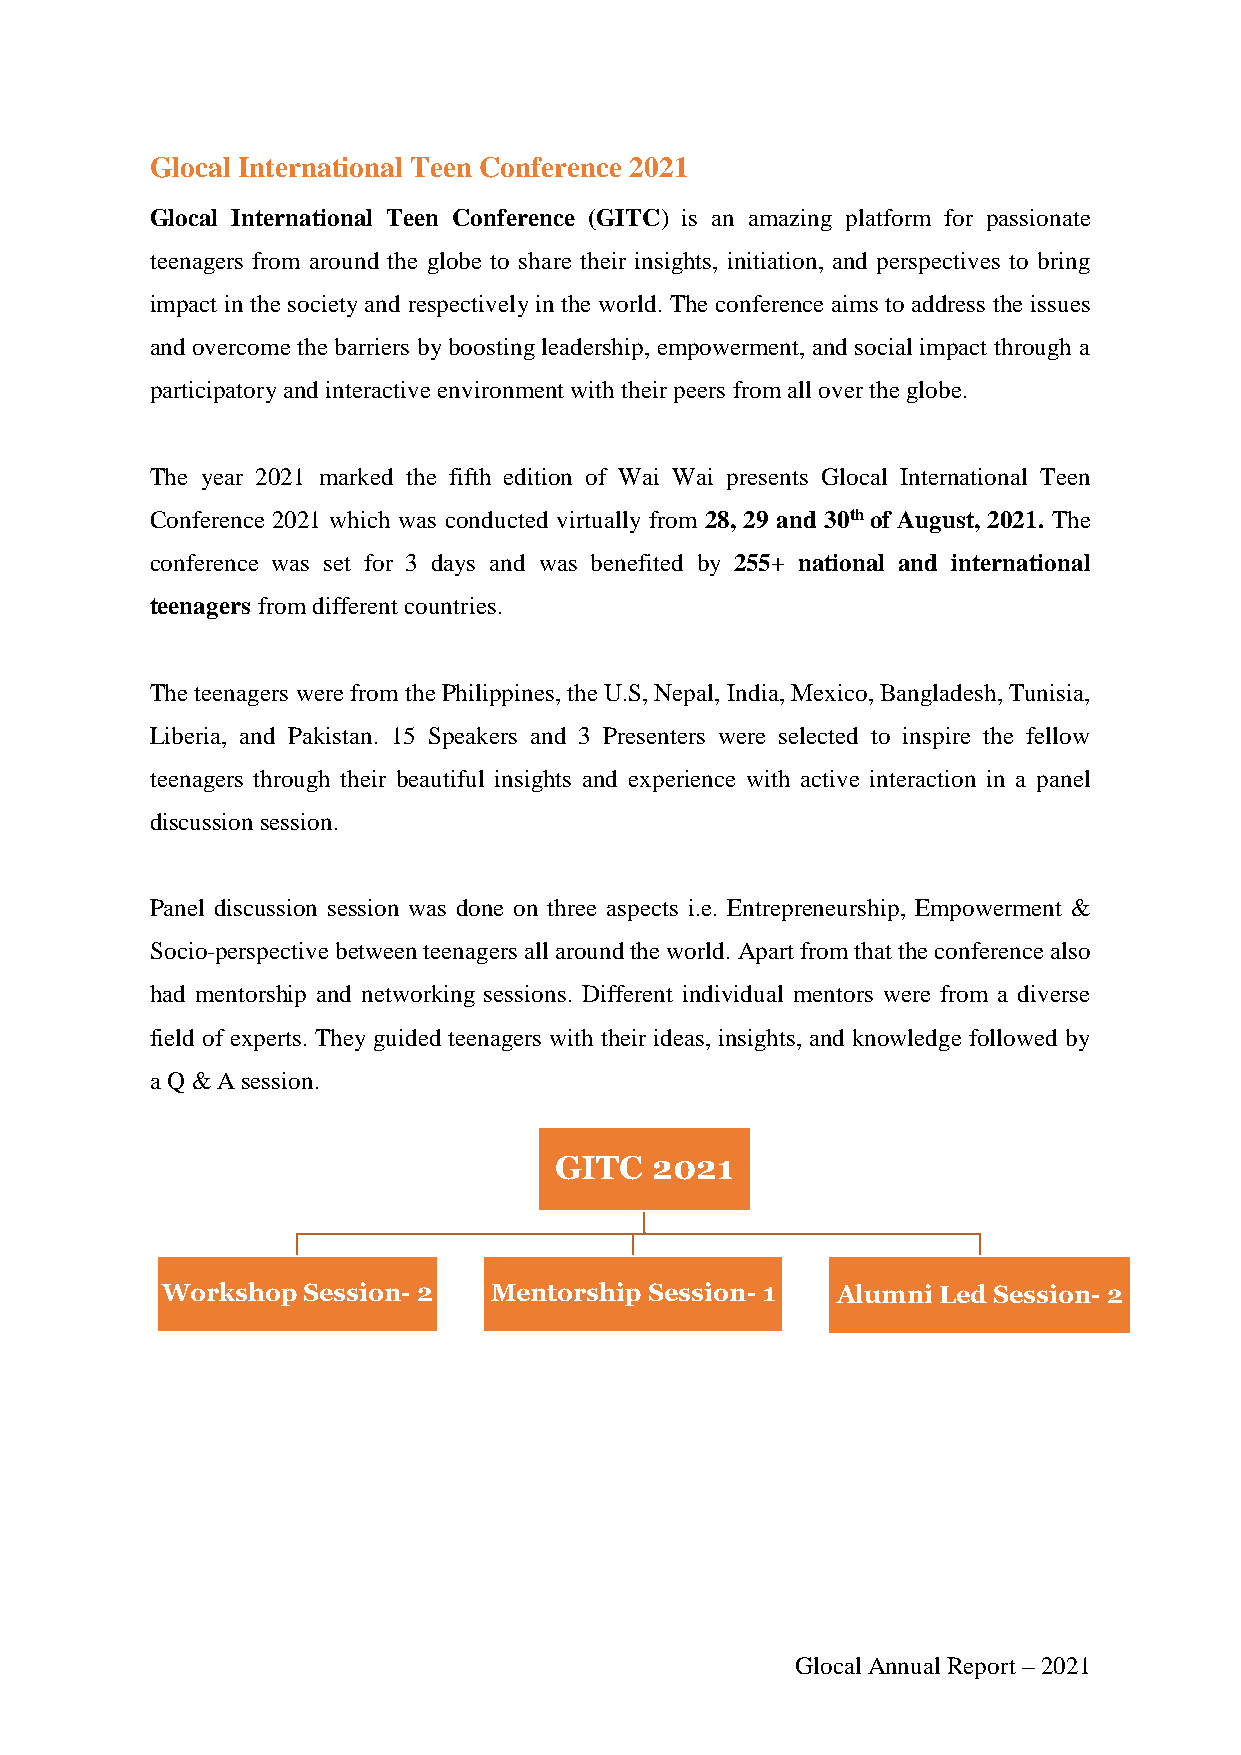
Glocal International Teen Conference 2021
 Glocal International Teen Conference (GITC) is an amazing platform for passionate
 teenagers from around the globe to share their insights, initiation, and perspectives to bring
 impact in the society and respectively in the world. The conference aims to address the issues
 and overcome the barriers by boosting leadership, empowerment, and social impact through a
 participatory and interactive environment with their peers from all over the globe.
 The year 2021 marked the fifth edition of Wai Wai presents Glocal International Teen
 Conference 2021 which was conducted virtually from 28, 29 and 30th of August, 2021. The
 conference was set for 3 days and was benefited by 255+ national and international
 teenagers from different countries.
 The teenagers were from the Philippines, the U.S, Nepal, India, Mexico, Bangladesh, Tunisia,
 Liberia, and Pakistan. 15 Speakers and 3 Presenters were selected to inspire the fellow
 teenagers through their beautiful insights and experience with active interaction in a panel
 discussion session.
 Panel discussion session was done on three aspects i.e. Entrepreneurship, Empowerment &
 Socio-perspective between teenagers all around the world. Apart from that the conference also
 had mentorship and networking sessions. Different individual mentors were from a diverse
 field of experts. They guided teenagers with their ideas, insights, and knowledge followed by
 a Q & A session.
 GITC  2021
 Workshop Session- 2  Mentorship Session- 1  Alumni Led Session- 2
 Glocal Annual Report – 2021